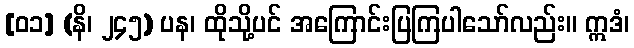
[၀၁] (နိ၊ ၂၄၅) ပန၊ ထိုသို့ပင် အကြောင်းပြကြပါသော်လည်း။ ဣဒံ၊